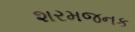
શરમજનક